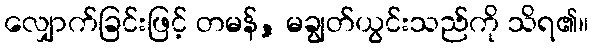
လျှောက်ခြင်းဖြင့် တမန်, မချွတ်ယွင်းသည်ကို သိရ၏။